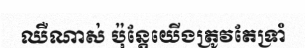
ឈឺណាស់ ប៉ុន្តែយើងត្រូវតែទ្រាំ